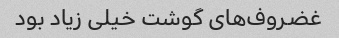
غضروف‌های گوشت خیلی زیاد بود